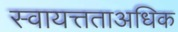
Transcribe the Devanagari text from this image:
स्वायत्तताअधिक